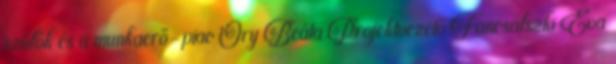
szülők és a munkaerő-piac Őry Beáta Projektvezető Fancsalszki Éva